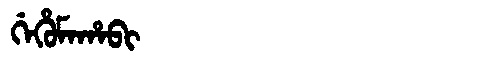
Manchu: ᡤᡝᡥᡠᠮᠠᡥᠠᠪᡳ
Romanization: GEHUMAHABI